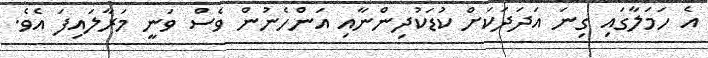
އެ ހަމަލާގައި ގިނަ އަދަދަކަށް ކުޑަކުދިންނާއި އަންހެނުން ވެސް ވަނީ މަރާލައިފަ އެވެ.